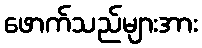
ဖောက်သည်များအား